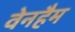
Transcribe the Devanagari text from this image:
वेनहैम